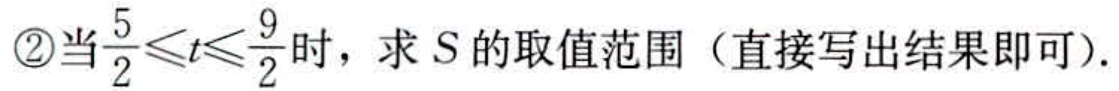
\textcircled{2}当$\frac{5}{2}\leqslant t\leqslant\frac{9}{2}$时，求$S$的取值范围（直接写出结果即可）.